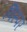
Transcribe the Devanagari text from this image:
विस्पर